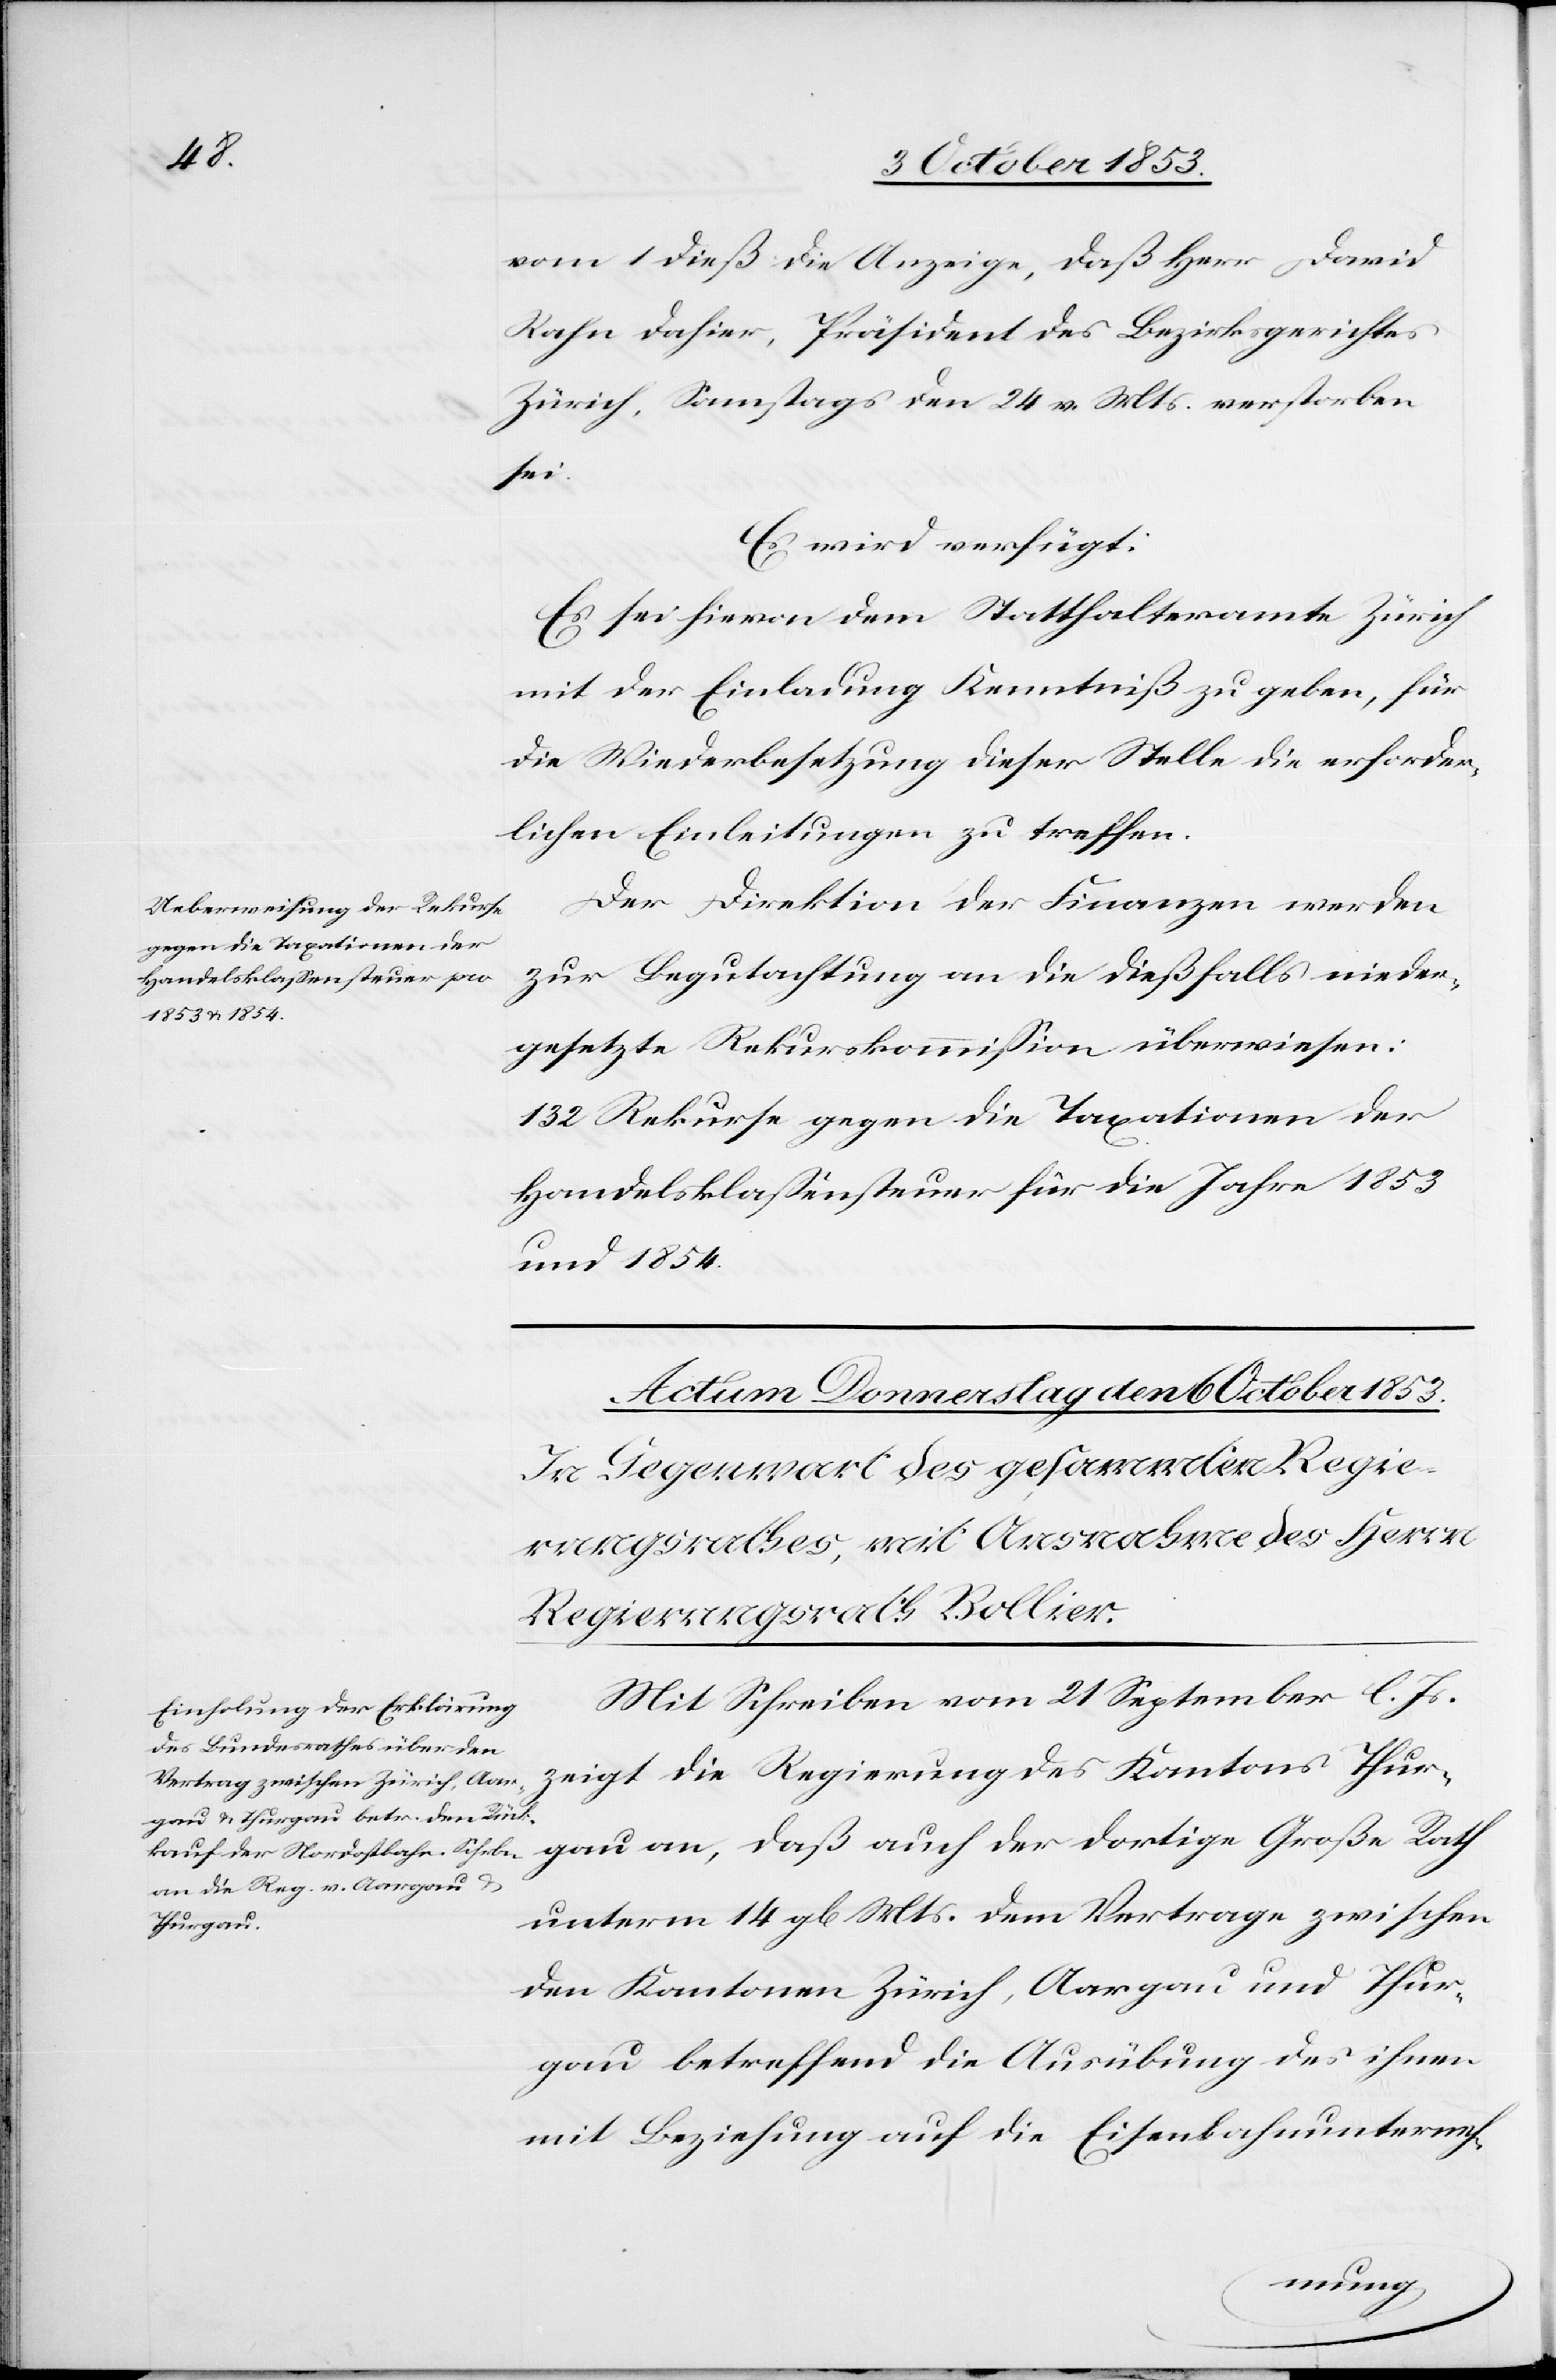
5 October 1853.]
vom 1 dieß die Anzeige, daß Herr David
Rahn dahier, Präsident des Bezirksgerichtes
Zürich, Samstags den 24 v. Mts. verstorben
sei.
Es wird verfügt:
Es sei hievon dem Statthalteramte Zürich
mit der Einladung Kenntniß zu geben, für
die Wiederbesetzung dieser Stelle die erforder¬
lichen Einleitungen zu treffen.
Der Direktion der Finanzen werden
zur Begutachtung an die dießfalls nieder¬
gesetzte Rekurskommißion überwiesen:
132 Rekurse gegen die Taxationen der
Handelsklassensteuer für die Jahre 1853
und 1854.
Mit Schreiben vom 21 September l. Js.
zeigt die Regierung des Kantons Thur¬
gau an, daß auch der dortige Große Rath
unterm 14 gl. Mts. dem Vertrage zwischen
den Kantonen Zürich, Aargau und Thur¬
gau betreffend die Ausübung des ihnen
mit Beziehung auf die Eisenbahnunterneh-